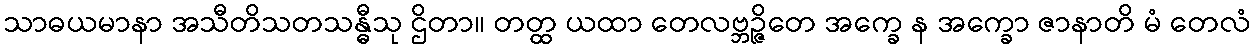
သာဓယမာနာ အသီတိသတသန္ဓီသု ဌိတာ။ တတ္ထ ယထာ တေလဗ္ဘဉ္ဇိတေ အက္ခေ န အက္ခော ဇာနာတိ မံ တေလံ